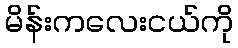
မိန်းကလေးငယ်ကို